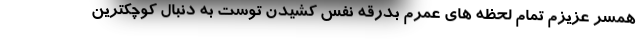
همسر عزیزم تمام لحظه های عمرم بدرقه نفس کشیدن توست به دنبال کوچکترین